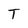
Character: T